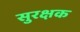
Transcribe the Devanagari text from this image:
सुरक्षक